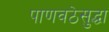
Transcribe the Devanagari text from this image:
पाणवठेसुद्धा